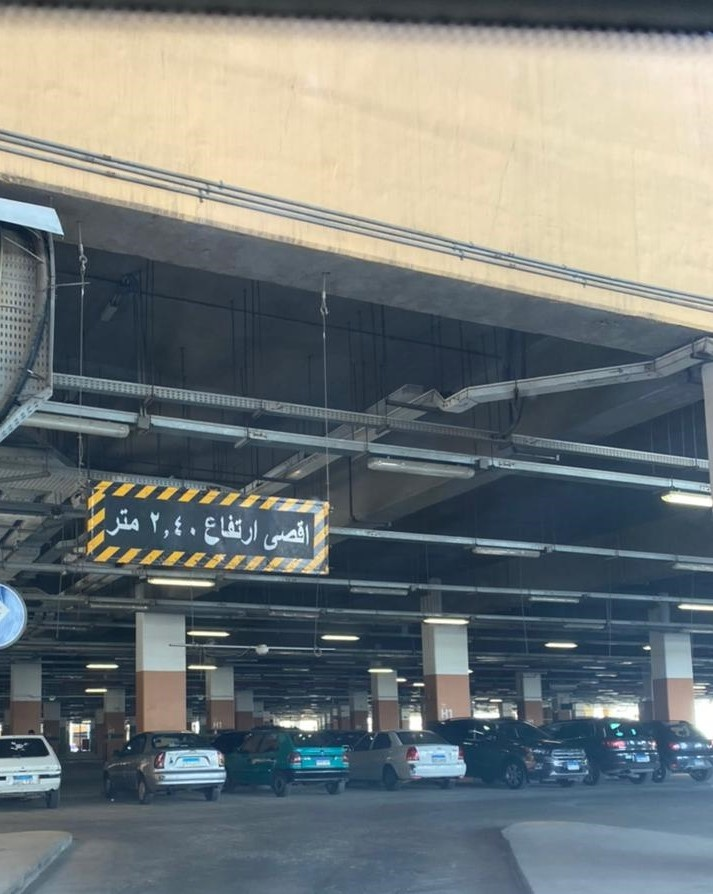
Text in image: متر 2.40 ارتفاع اقصى